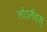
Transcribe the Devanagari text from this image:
लोऽलैंड्स्